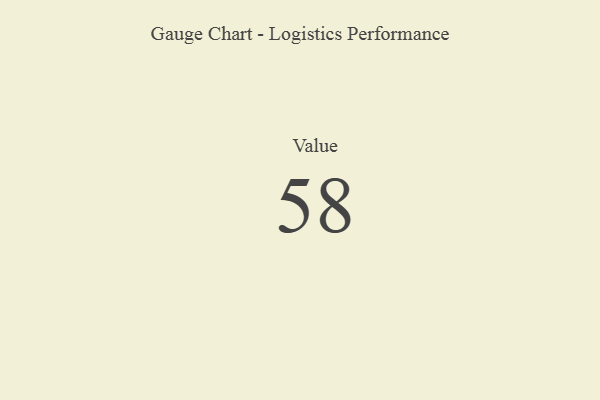
{"axis": {"x": "Metric", "y": "Value"}, "legend": [""], "data": [{"x": "Value", "y": 58, "type": ""}]}